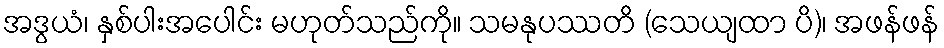
အဒွယံ၊ နှစ်ပါးအပေါင်း မဟုတ်သည်ကို။ သမနုပဿတိ (သေယျထာ ပိ)၊ အဖန်ဖန်